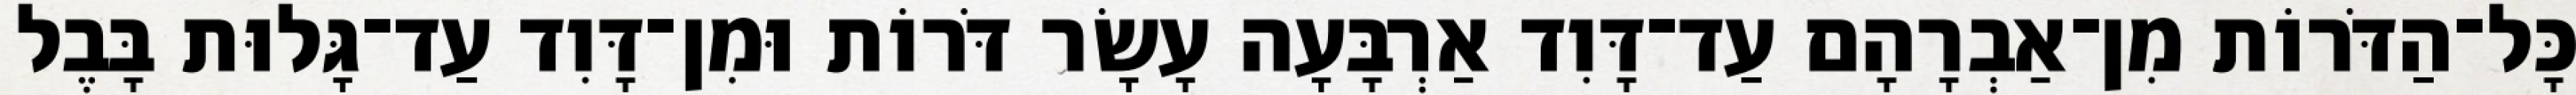
כָּל־הַדֹּרוֹת מִן־אַבְרָהָם עַד־דָּוִד אַרְבָּעָה עָשָׂר דֹּרוֹת וּמִן־דָּוִד עַד־גָּלוּת בָּבֶל